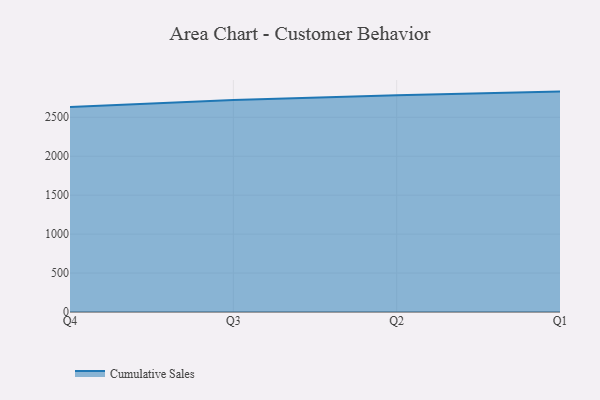
{"axis": {"x": "Quarter", "y": "Page Views"}, "legend": ["Cumulative Sales"], "data": [{"x": "Q4", "y": 2633.7, "type": "Cumulative Sales"}, {"x": "Q3", "y": 2722.9, "type": "Cumulative Sales"}, {"x": "Q2", "y": 2783.8, "type": "Cumulative Sales"}, {"x": "Q1", "y": 2829.9, "type": "Cumulative Sales"}]}